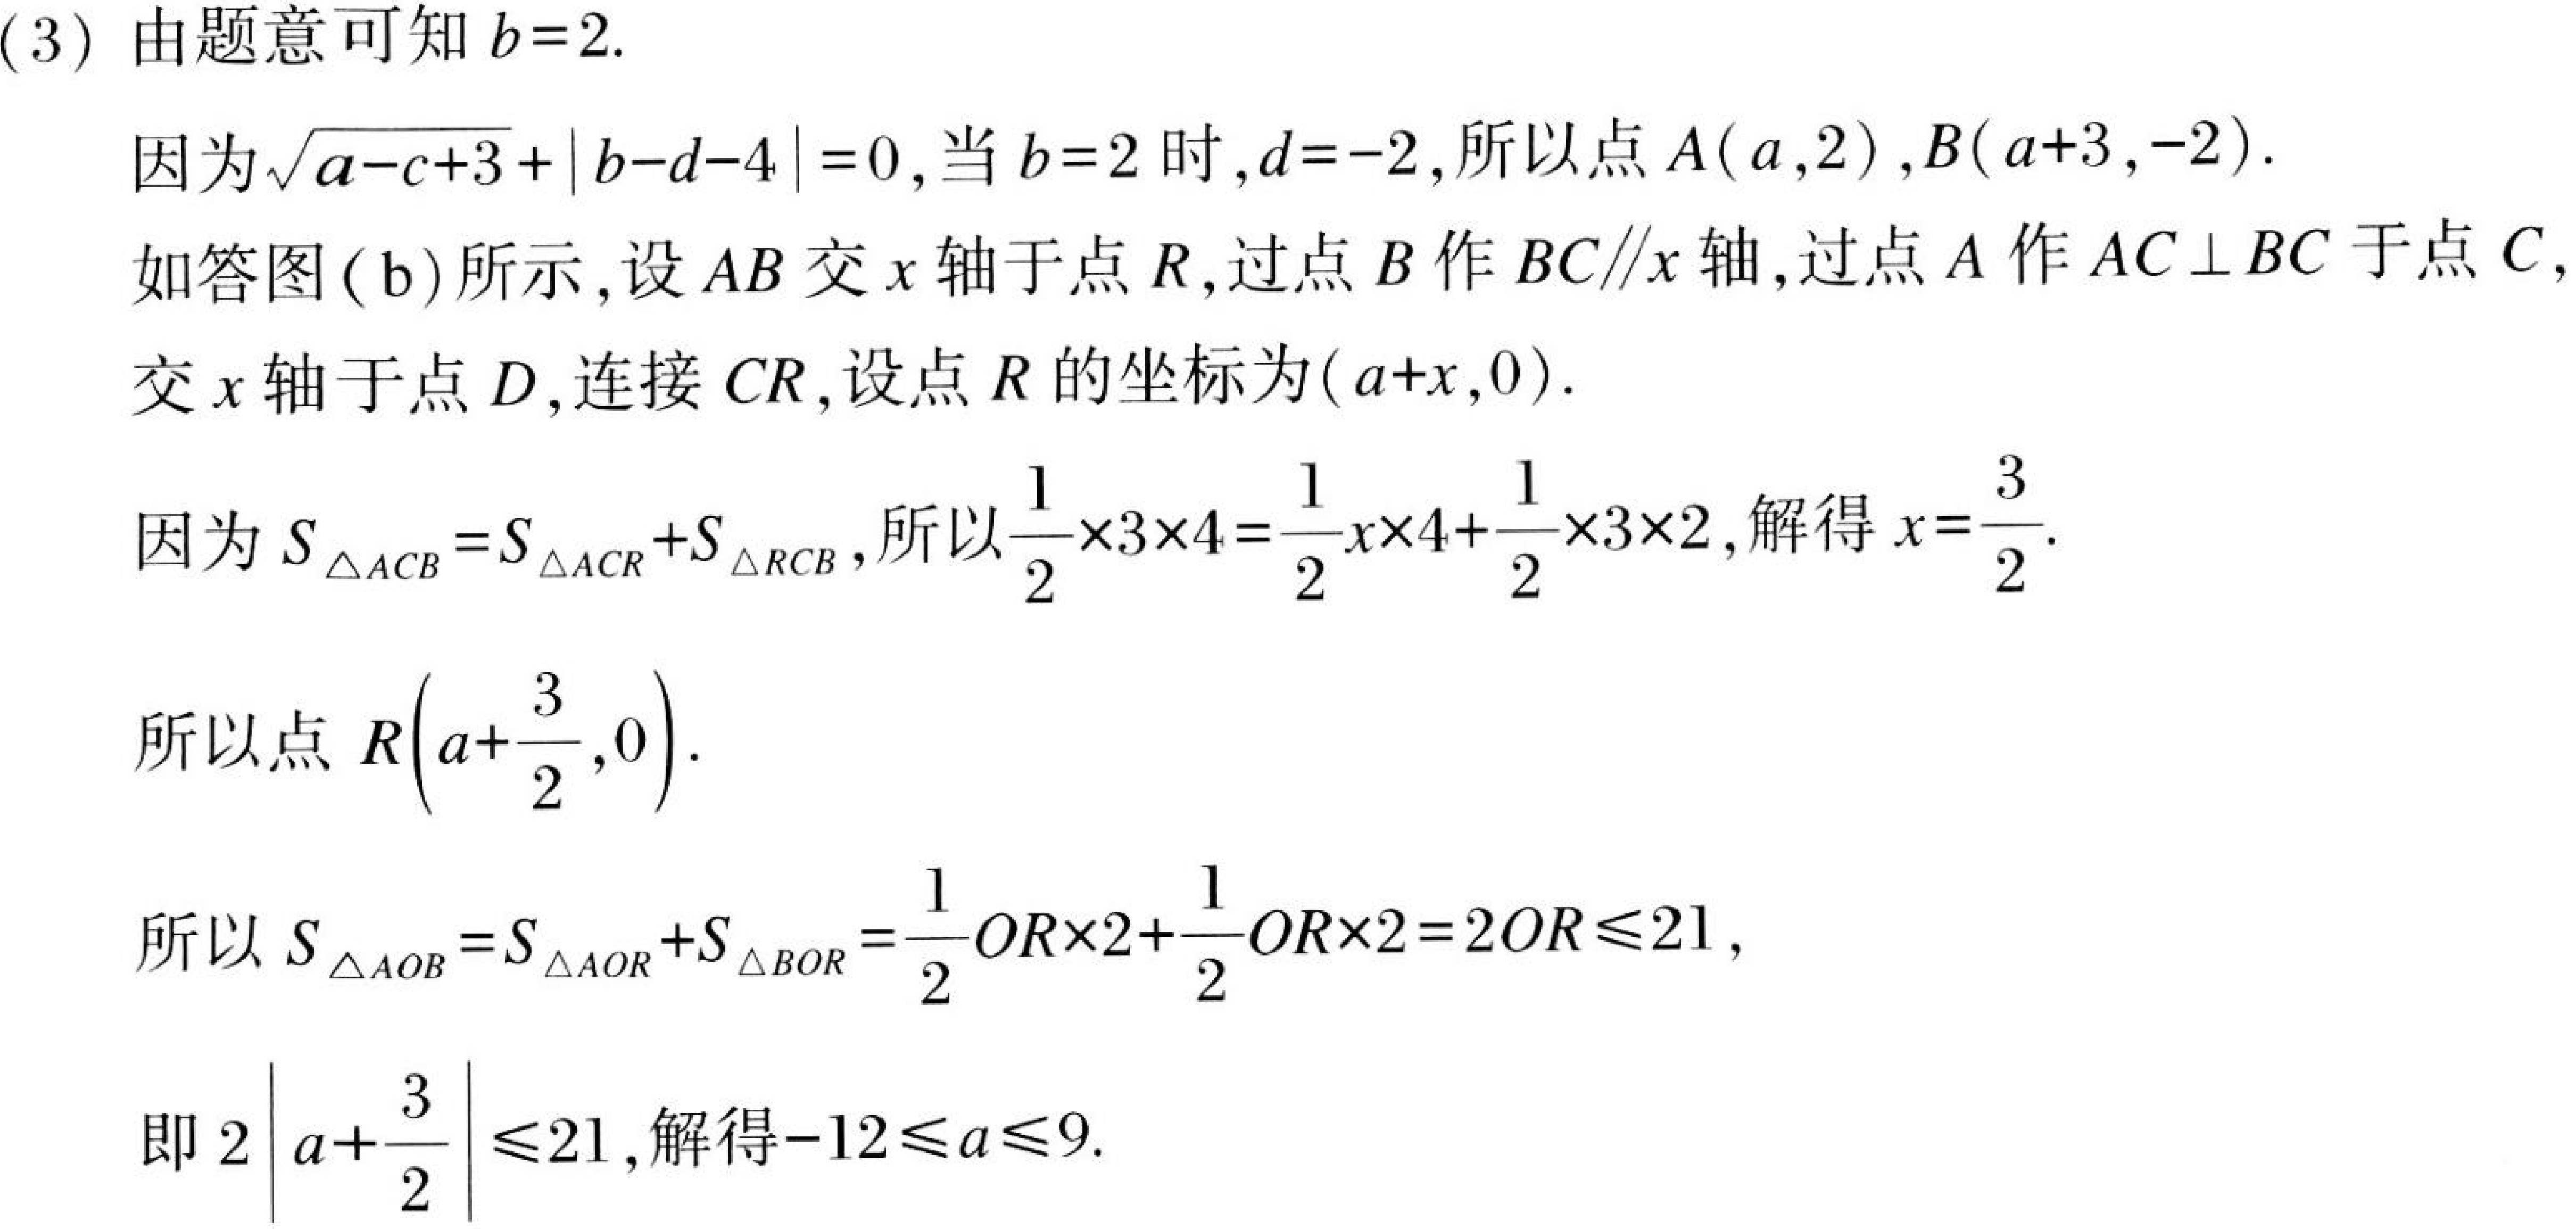
(3) 由题意可知 \(b = 2\).
因为\(\sqrt{a - c + 3}+\vert b - d - 4\vert=0\),当 \(b = 2\) 时,\(d=-2\),所以点 \(A(a,2)\),\(B(a + 3,-2)\).
如答图（b）所示,设 \(AB\) 交 \(x\) 轴于点 \(R\),过点 \(B\) 作 \(BC\parallel x\) 轴,过点 \(A\) 作 \(AC\perp BC\) 于点 \(C\),交 \(x\) 轴于点 \(D\),连接 \(CR\),设点 \(R\) 的坐标为\((a + x,0)\).
因为 \(S_{\triangle ACB}=S_{\triangle ACR}+S_{\triangle RCB}\),所以\(\frac{1}{2}\times3\times4=\frac{1}{2}x\times4+\frac{1}{2}\times3\times2\),解得 \(x=\frac{3}{2}\).
所以点 \(R(a+\frac{3}{2},0)\).
所以 \(S_{\triangle AOB}=S_{\triangle AOR}+S_{\triangle BOR}=\frac{1}{2}OR\times2+\frac{1}{2}OR\times2=2OR\leqslant21\),
即 \(2\left\vert a+\frac{3}{2}\right\vert\leqslant21\),解得\(-12\leqslant a\leqslant9\).